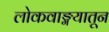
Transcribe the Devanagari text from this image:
लोकवाङ्मयातून